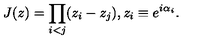
J ( z ) = \prod _ { i < j } ( z _ { i } - z _ { j } ) , z _ { i } \equiv e ^ { i \alpha _ { i } } .